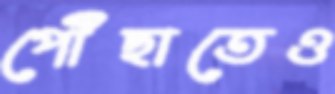
পৌঁছাতেও